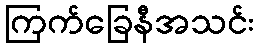
ကြက်ခြေနီအသင်း